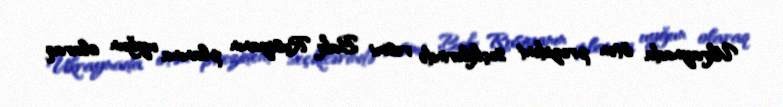
Ukraynada ötən prezident seçkilərində rəsmi Bakı Rusiyanın planına uyğun olaraq